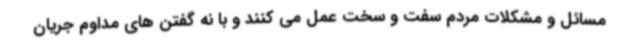
مسائل و مشکلات مردم سفت و سخت عمل می کنند و با نه گفتن های مداوم جریان